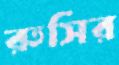
রুসির